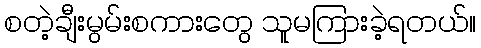
စတဲ့ချီးမွမ်းစကားတွေ သူမကြားခဲ့ရတယ်။